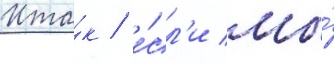
Ита́к / е́сл'и мы́